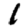
Digit: 1